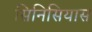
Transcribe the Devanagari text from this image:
सिनिसियास